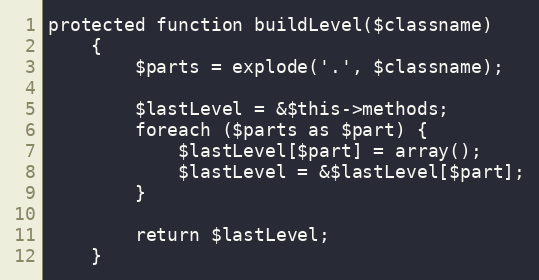
Language: PHP
protected function buildLevel($classname)
    {
        $parts = explode('.', $classname);

        $lastLevel = &$this->methods;
        foreach ($parts as $part) {
            $lastLevel[$part] = array();
            $lastLevel = &$lastLevel[$part];
        }

        return $lastLevel;
    }